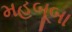
મહબૂબા